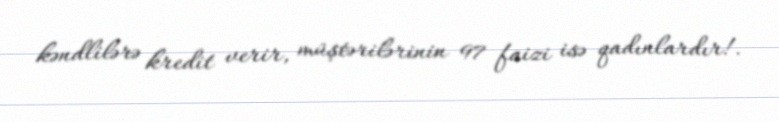
kəndlilərə kredit verir, müştərilərinin 97 faizi isə qadınlardır!.